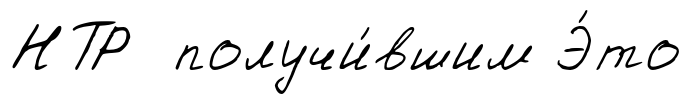
НТР получи́вшим Э́то